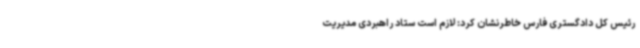
رئیس کل دادگستری فارس خاطرنشان کرد: لازم است ستاد راهبردی مدیریت